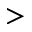
>